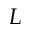
L